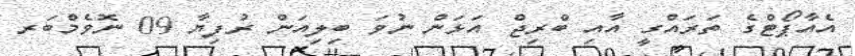
އެއާޕޯޓްގެ ތަރައްގީ އާއި ބްރިޖް އަޅަން ނުވަ ބިލިއަން ރުފިޔާ 09 ނޮވެމްބަރ